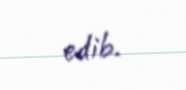
edib.